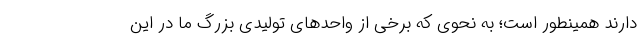
دارند همینطور است؛ به نحوی که برخی از واحدهای تولیدی بزرگ ما در این